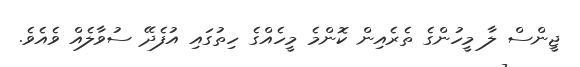
ޖީންސް ލާ މީހުންގެ ތެރެއިން ކޮންމެ މީހެއްގެ ހިތުގައި އުފެދޭ ސުވާލެއް ވެއެވެ.